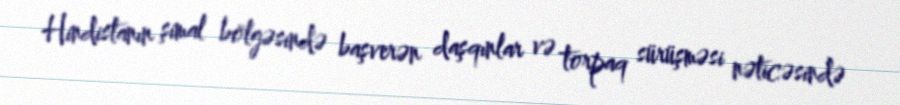
Hindistanın şimal bölgəsində başverən daşqınlar və torpaq sürüşməsi nəticəsində